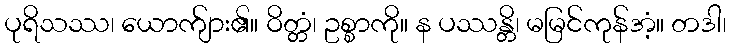
ပုရိသဿ၊ ယောက်ျား၏။ ဝိတ္တံ၊ ဥစ္စာကို။ န ပဿန္တိ၊ မမြင်ကုန်အံ့။ တဒါ၊